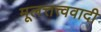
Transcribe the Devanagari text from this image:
मूलत्तत्त्ववादी